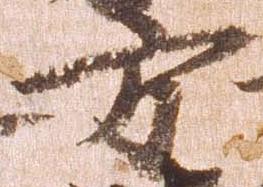
方